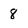
Character: 8